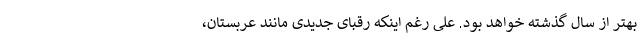
بهتر از سال گذشته خواهد بود. علی رغم اینکه رقبای جدیدی مانند عربستان،